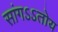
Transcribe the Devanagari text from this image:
सांगऽऽतोय